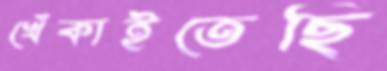
খেঁকাইতেছি